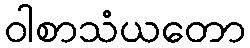
ဝါစာသံယတော